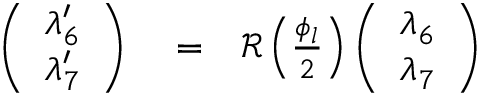
\begin{array} { r l r } { \left( \begin{array} { c } { \lambda _ { 6 } ^ { \prime } } \\ { \lambda _ { 7 } ^ { \prime } } \end{array} \right) } & { { } = } & { { \mathcal R } \left( \frac { \phi _ { l } } { 2 } \right) \left( \begin{array} { c } { \lambda _ { 6 } } \\ { \lambda _ { 7 } } \end{array} \right) } \end{array}